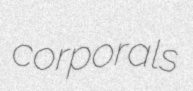
corporals